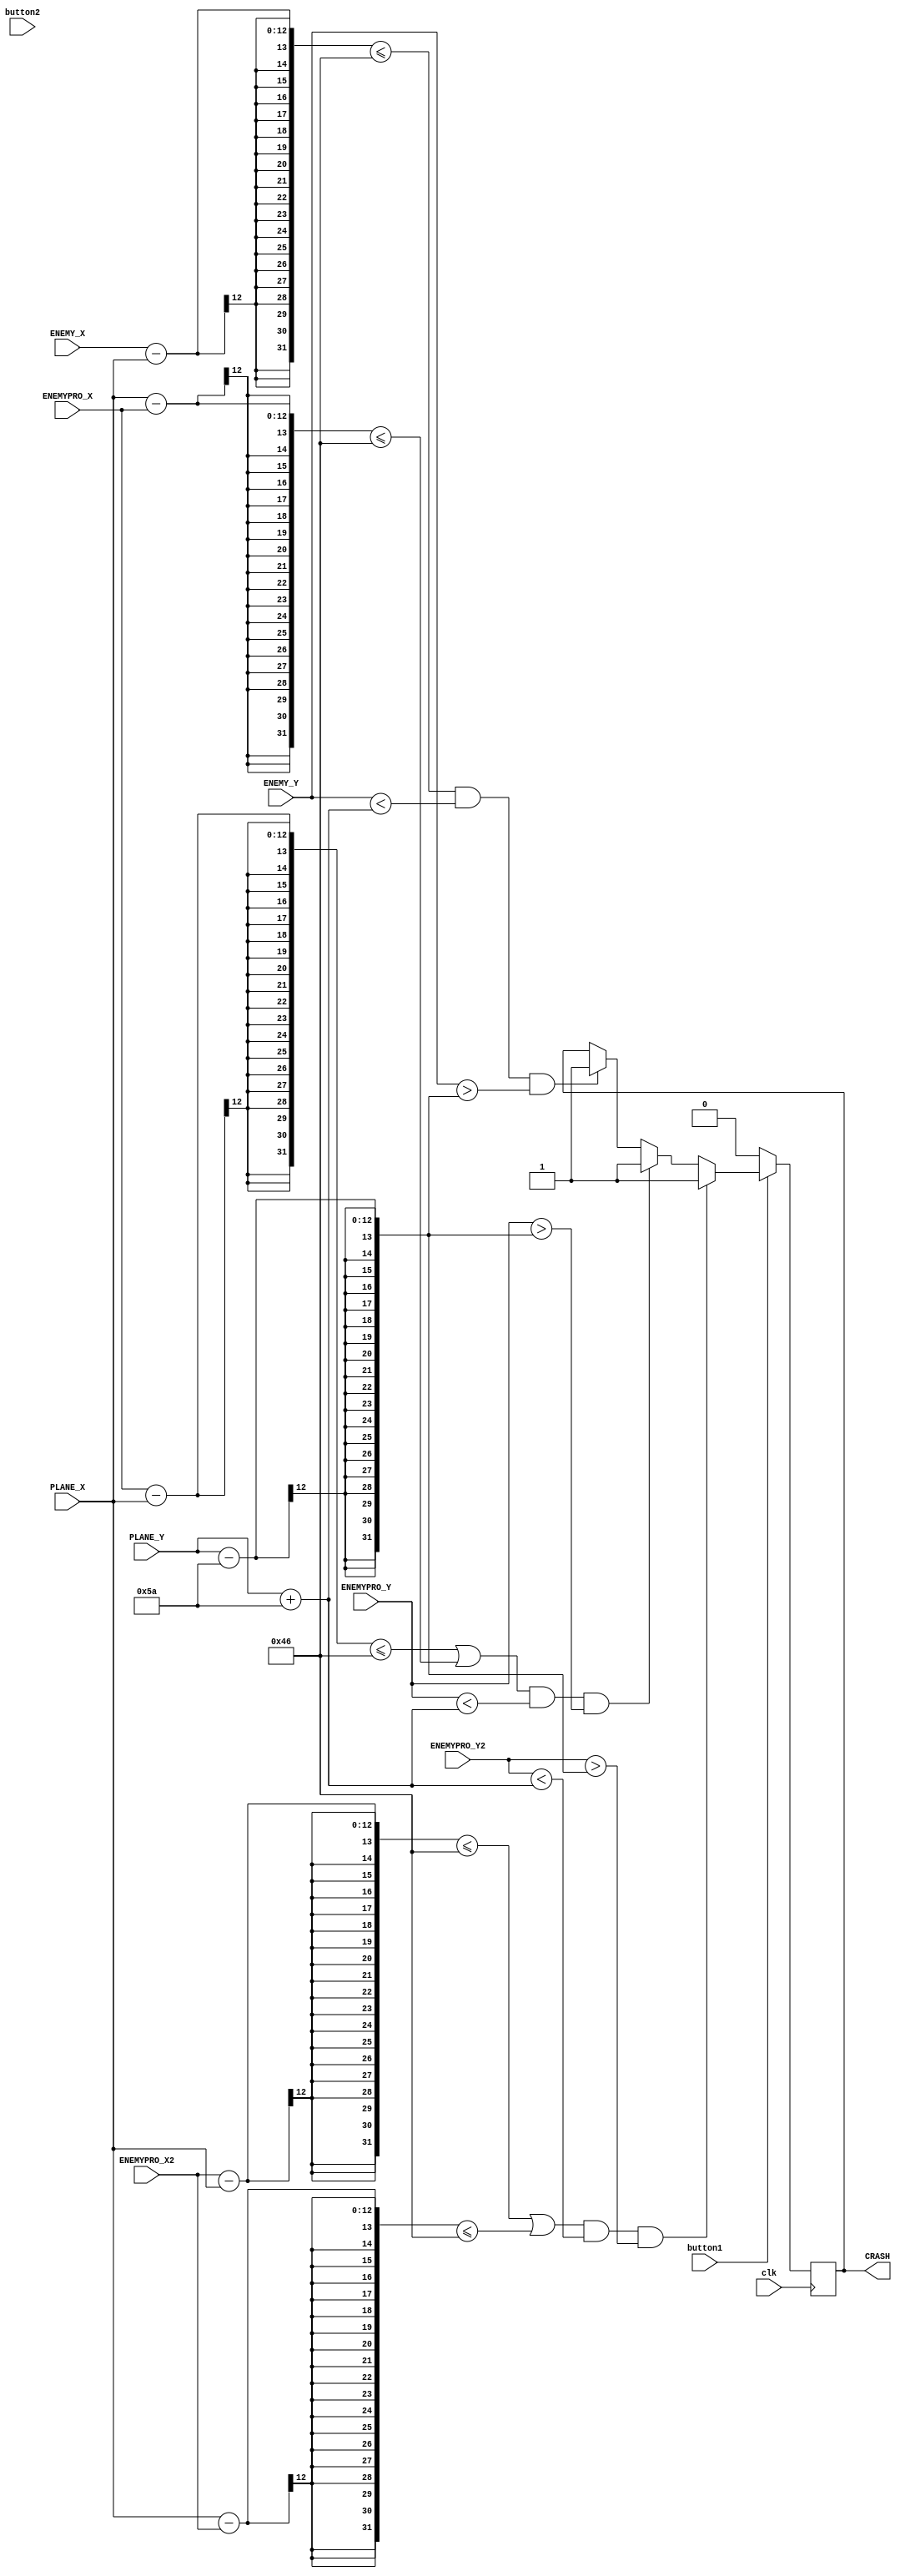
`timescale 1ns / 1ps
//////////////////////////////////////////////////////////////////////////////////
// Company: 
// Engineer: 
// 
// Design Name: 
// Module Name: CRASH
// Project Name: 
// Target Devices: 
// Tool Versions: 
// Description: 
// 
// Dependencies: 
// 
// Revision:
// Revision 0.01 - File Created
// Additional Comments:
// 
//////////////////////////////////////////////////////////////////////////////////


module crash(
    input clk,
    input button1,
    input button2,
    input [11:0]ENEMY_X,
    input [11:0]ENEMY_Y,
    input [11:0]ENEMYPRO_X,
    input [11:0]ENEMYPRO_Y,
    input [11:0]ENEMYPRO_X2,
    input [11:0]ENEMYPRO_Y2,
    input [11:0]PLANE_X,
    input [11:0]PLANE_Y,
    output reg CRASH = 1'b0
    );
   // reg [29:0]counter;
    always@(posedge clk)
        begin
            if(ENEMY_X-PLANE_X<=70 && ENEMY_Y<PLANE_Y+90 && ENEMY_Y>PLANE_Y-90)
                begin
                    //counter<=30'd0 ;  
                    CRASH<=1'b1;
                end
            if((ENEMYPRO_X-PLANE_X<=70 || PLANE_X-ENEMYPRO_X<=70) && ENEMYPRO_Y<PLANE_Y+90 && ENEMYPRO_Y>PLANE_Y-90)
                begin
                    //counter<=30'd0 ;  
                    CRASH<=1'b1;
                end
            if((ENEMYPRO_X2-PLANE_X<=70 || PLANE_X-ENEMYPRO_X2<=70) && ENEMYPRO_Y2<PLANE_Y+90 && ENEMYPRO_Y2>PLANE_Y-90)
                begin
                    //counter<=30'd0 ;  
                    CRASH<=1'b1;
                end
            if(!button1)
                begin
                    CRASH<=1'b0;
                end
                
            
        end
    
  //  always@(clk)
    //    begin
            //if(counter==30'd500000000) begin counter<=30'd0;CRASH<=1'b0;end
         //   else begin counter<=counter+1'd1; end
            
       // end
endmodule